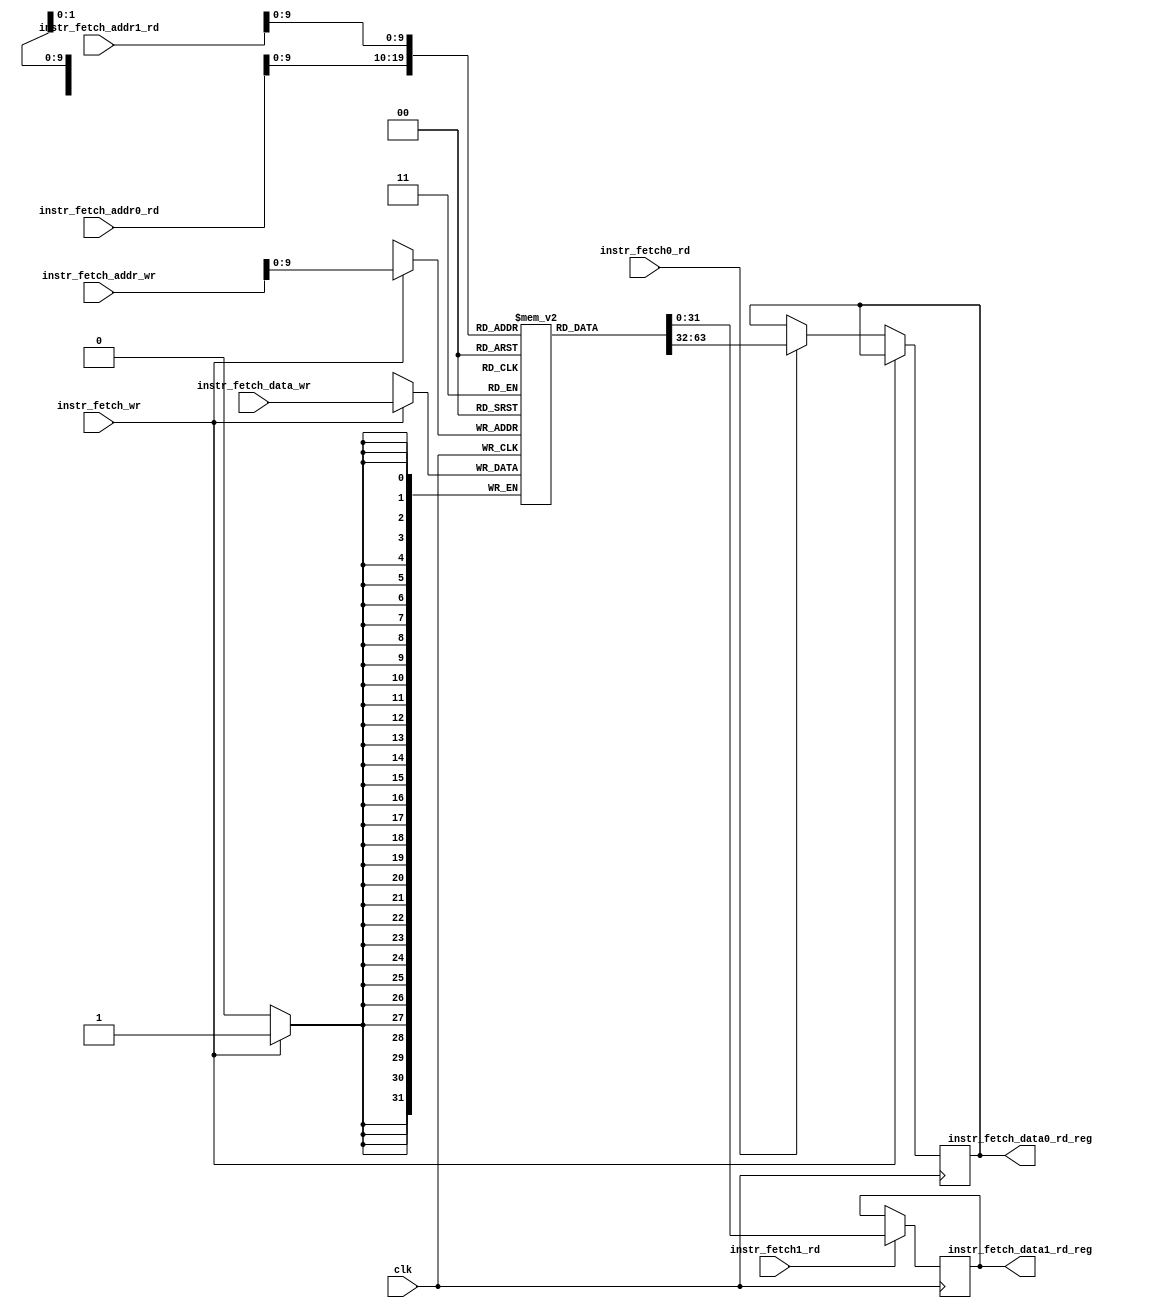
module instr_fetch 
#(
  parameter INSTR_FETCH_ADDR_WIDTH = 32,
  parameter INSTR_FETCH_DATA_WIDTH = 32
)
(
  //input wire rst_n, // rst_n is not used yet
  input wire clk,
  // write interface
  input wire [INSTR_FETCH_ADDR_WIDTH - 1: 0] instr_fetch_addr_wr,
  input wire [INSTR_FETCH_DATA_WIDTH - 1: 0] instr_fetch_data_wr,
  input wire instr_fetch_wr,
  // primary read interface
  input wire [INSTR_FETCH_ADDR_WIDTH - 1: 0] instr_fetch_addr0_rd,
  input wire instr_fetch0_rd,
  output reg [INSTR_FETCH_DATA_WIDTH - 1: 0] instr_fetch_data0_rd_reg,
  // secondary read interface
  input wire [INSTR_FETCH_ADDR_WIDTH - 1: 0] instr_fetch_addr1_rd,
  input wire instr_fetch1_rd,
  output reg [INSTR_FETCH_DATA_WIDTH - 1: 0] instr_fetch_data1_rd_reg
);

  localparam INSTR_CACHE_SIZE = 1024;
  // the instruction cache
  reg [INSTR_FETCH_DATA_WIDTH - 1: 0] ram[0: INSTR_CACHE_SIZE - 1];

  // port A
  always@(posedge clk)
  begin
    if(instr_fetch_wr)
    begin
      ram[instr_fetch_addr_wr] <= instr_fetch_data_wr;
    end
    else
    begin
      if(instr_fetch0_rd)
      begin
        instr_fetch_data0_rd_reg <= ram[instr_fetch_addr0_rd];
      end
    end
  end

  // port B
  always@(posedge clk)
  begin
    if(instr_fetch1_rd)
    begin
      instr_fetch_data1_rd_reg <= ram[instr_fetch_addr1_rd];
    end
  end

endmodule